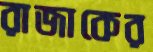
রাজাকের